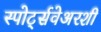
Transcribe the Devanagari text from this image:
स्पोर्ट्सवेअरशी